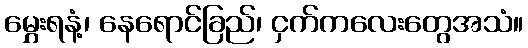
မွှေးရနံ့၊ နေရောင်ခြည်၊ ငှက်ကလေးတွေအသံ။